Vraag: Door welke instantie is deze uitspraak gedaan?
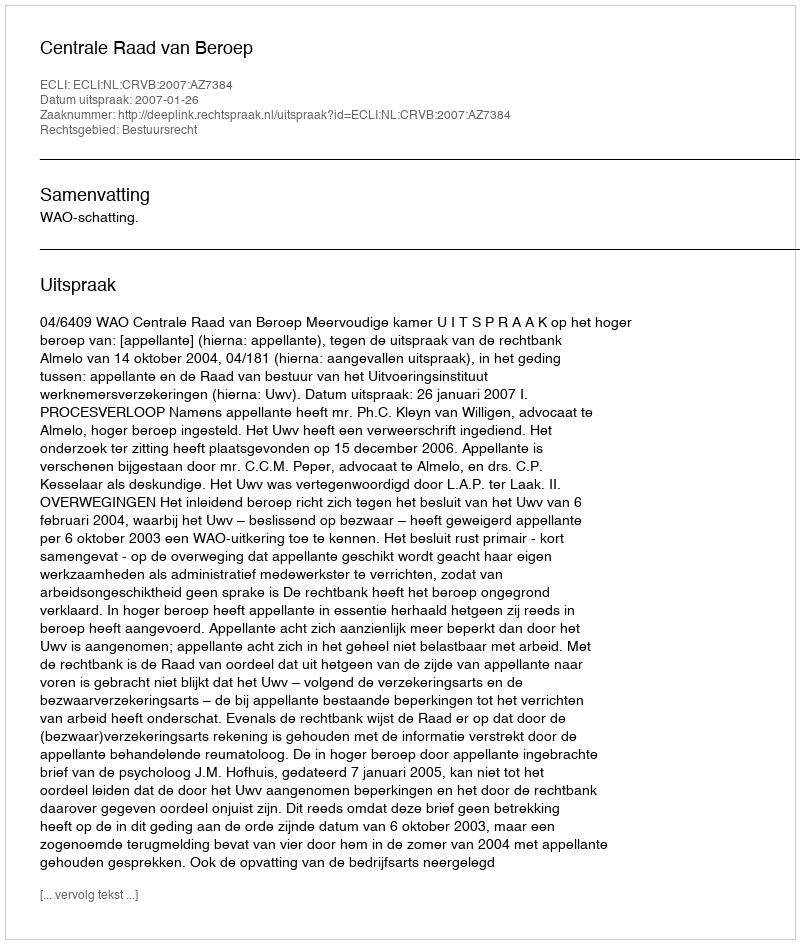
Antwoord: Centrale Raad van Beroep